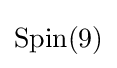
\mathrm {Spin} (9)